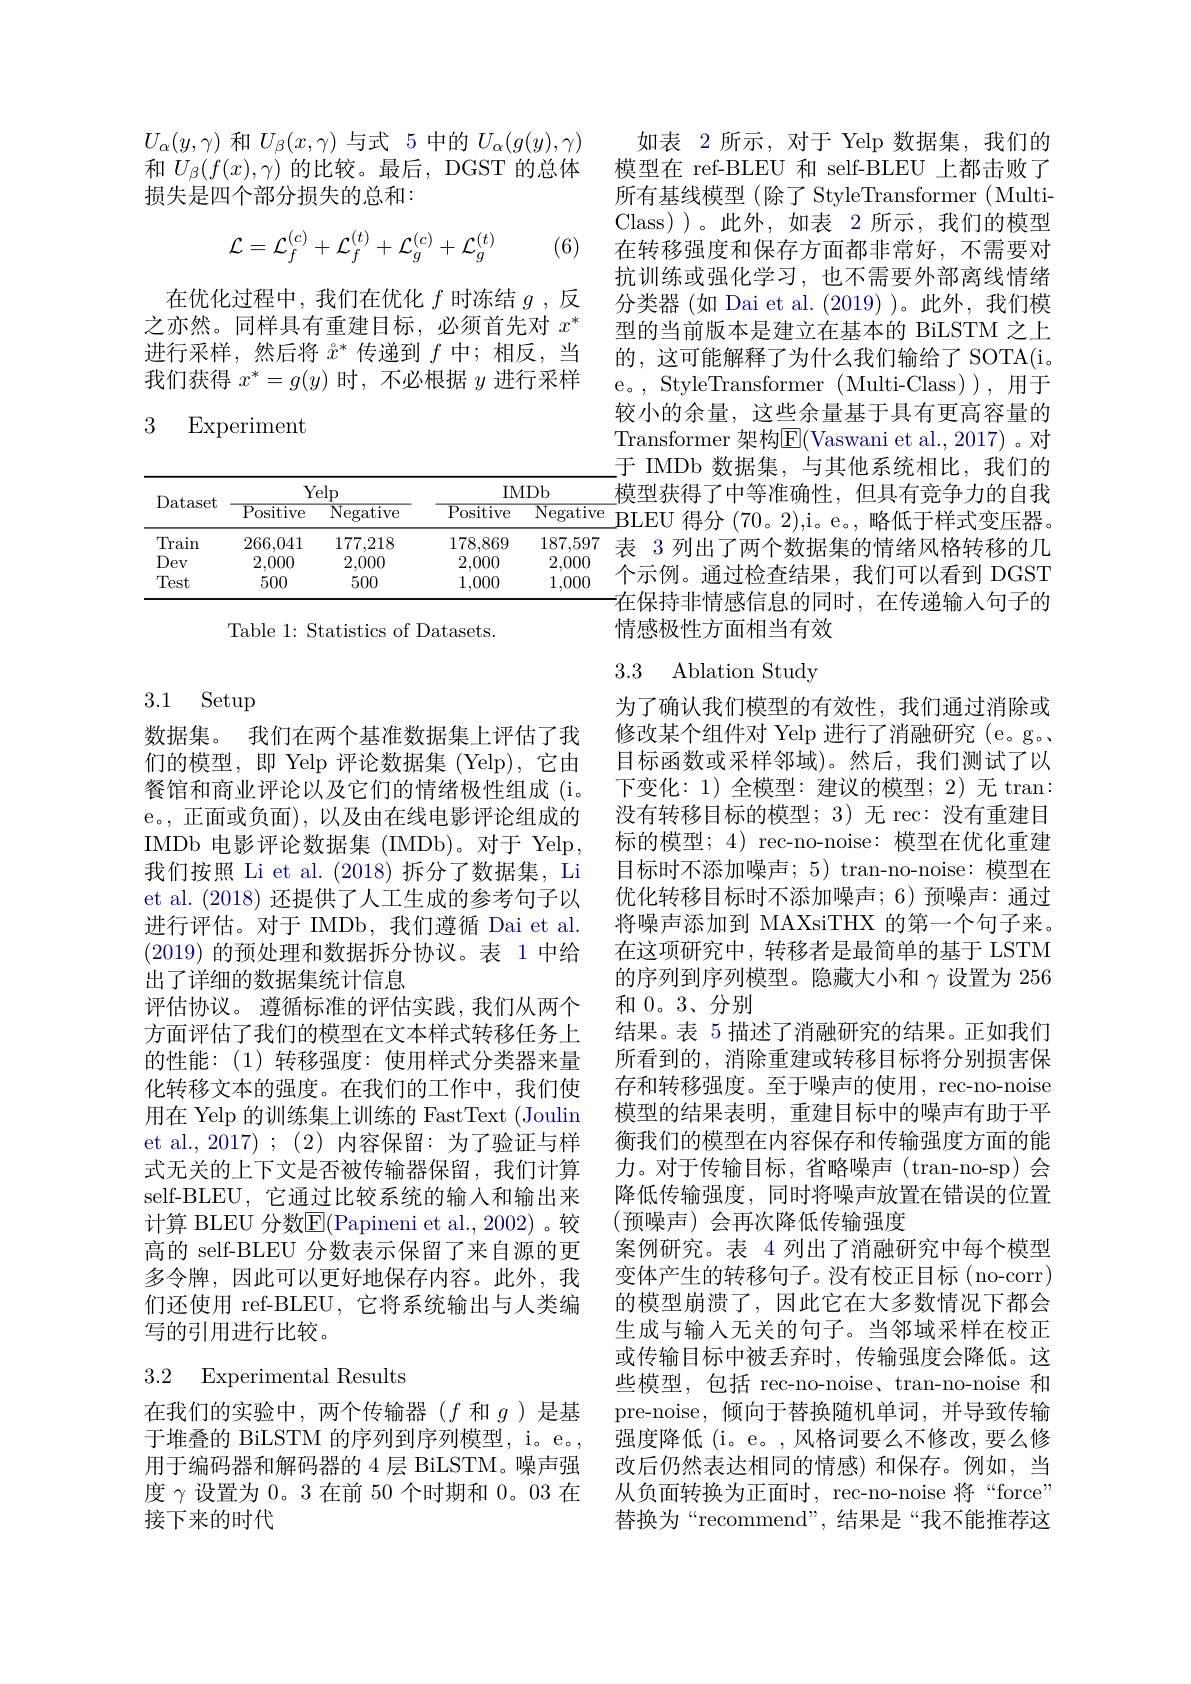
$U_{\alpha}(y,\gamma)$和$U_\beta(x,\gamma)$与式 5 中的$U_\alpha(g(y),\gamma)$ 和$U_{\beta}(f(x),\gamma)$的比较。最后，DGST 的总体损失是四个部分损失的总和：
$$\mathcal{L}=\mathcal{L}_{f}^{(c)}+\mathcal{L}_{f}^{(t)}+\mathcal{L}_{g}^{(c)}+\mathcal{L}_{g}^{(t)}$$
(6)

在优化过程中，我们在优化$f$时冻结$g$ ,反之亦然。同样具有重建目标，必须首先对$x^*$ 进行采样，然后将$\mathring{x}^*$传递到$f$中；相反，当我们获得$x^*=g(y)$时，不必根据$y$进行采样

3 Experiment

<table>
	<tbody>
		<tr>
			<th rowspan="2">Dataset</th>
			<th colspan="2">Yelp</th>
			<th colspan="2">IMDb</th>
		</tr>
		<tr>
			<th>${\overline{{\mathrm{Positive}}}}$</th>
			<th>${\overline{{\mathrm{Negative}}}}$</th>
			<th>${\overline{{\mathrm{Positive}}}}$</th>
			<th>$\overline{\mathrm{Negative}}$</th>
		</tr>
		<tr>
			<td>Train</td>
			<td>266,041</td>
			<td>177,218</td>
			<td>178,869</td>
			<td>187,597</td>
		</tr>
		<tr>
			<td>Dev</td>
			<td>2,000</td>
			<td>2,000</td>
			<td>2,000</td>
			<td>2,000</td>
		</tr>
		<tr>
			<td>Test</td>
			<td>500</td>
			<td>500</td>
			<td>1,000</td>
			<td>1,000</td>
		</tr>
	</tbody>
</table>

Table 1: Statistics of Datasets.

## 3.1 Setup

数据集。我们在两个基准数据集上评估了我们的模型，即 Yelp 评论数据集 (Yelp),它由餐馆和商业评论以及它们的情绪极性组成 (i。e。, 正面或负面), 以及由在线电影评论组成的IMDb 电影评论数据集 (IMDb)。对于 Yelp, 我们按照 Li et al. (2018)拆分了数据集，Li et al. (2018)还提供了人工生成的参考句子以进行评估。对于 IMDb,我们遵循 Dai et al. (2019)的预处理和数据拆分协议。表 1 中给出了详细的数据集统计信息
评估协议。遵循标准的评估实践，我们从两个方面评估了我们的模型在文本样式转移任务上的性能：(1)转移强度：使用样式分类器来量化转移文本的强度。在我们的工作中，我们使用在 Yelp 的训练集上训练的 FastText (Joulin et al., 2017) ; (2) 内容保留：为了验证与样式无关的上下文是否被传输器保留，我们计算self-BLEU,它通过比较系统的输入和输出来计算 BLEU 分数$\overline{\mathrm{E}}($Papineni et al., 2002)。较高的 self-BLEU 分数表示保留了来自源的更多令牌，因此可以更好地保存内容。此外，我们还使用 ref-BLEU, 它将系统输出与人类编写的引用进行比较。

## 3.2 Experimental Results

在我们的实验中，两个传输器($f$和$g$)是基于堆叠的 BiLSTM 的序列到序列模型，i。e。, 用于编码器和解码器的 4 层 BiLSTM。噪声强度$\gamma$设置为0。3 在前 50 个时期和0。03 在接下来的时代

如表 2 所示，对于 Yelp 数据集，我们的模型在 ref-BLEU 和 self-BLEU 上都击败了所有基线模型(除了 StyleTransformer(MultiClass))。此外，如表 2 所示，我们的模型在转移强度和保存方面都非常好，不需要对抗训练或强化学习，也不需要外部离线情绪分类器 (如 Dai et al. (2019) )。此外，我们模型的当前版本是建立在基本的 BiLSTM 之上的，这可能解释了为什么我们输给了 SOTA(i。e。, StyleTransformer( Multi-Class)), 用于较小的余量，这些余量基于具有更高容量的Transformer 架构E(Vaswani et al., 2017) 。对于 IMDb 数据集，与其他系统相比，我们的$\underline{\text{模型获得了中等准确性，但具有竞争力的自我}}$ BLEU 得分 (70。2),i。e。, 略低于样式变压器。表 3 列出了两个数据集的情绪风格转移的几个示例。通过检查结果，我们可以看到 DGST 在保持非情感信息的同时，在传递输入句子的情感极性方面相当有效

## 3.3 Ablation Study

为了确认我们模型的有效性，我们通过消除或修改某个组件对 Yelp 进行了消融研究 (e。g。目标函数或采样邻域)。然后，我们测试了以下变化：1) 全模型：建议的模型；2) 无 tran: 没有转移目标的模型；3)无 rec:没有重建目标的模型；4) rec-no-noise:模型在优化重建目标时不添加噪声；5) tran-no-noise:模型在优化转移目标时不添加噪声；6)预噪声：通过将噪声添加到 MAXsiTHX 的第一个句子来。在这项研究中，转移者是最简单的基于 LSTM 的序列到序列模型。隐藏大小和$\gamma$设置为 256和0。3、分别
结果。表 5 描述了消融研究的结果。正如我们所看到的，消除重建或转移目标将分别损害保存和转移强度。至于噪声的使用，rec-no-noise 模型的结果表明，重建目标中的噪声有助于平衡我们的模型在内容保存和传输强度方面的能力。对于传输目标，省略噪声(tran-no-sp)会降低传输强度，同时将噪声放置在错误的位置(预噪声)会再次降低传输强度
案例研究。表 4 列出了消融研究中每个模型变体产生的转移句子。没有校正目标(no-corr) 的模型崩溃了，因此它在大多数情况下都会生成与输入无关的句子。当邻域采样在校正或传输目标中被丢弃时，传输强度会降低。这些模型，包括 rec-no-noise、tran-no-noise 和pre-noise, 倾向于替换随机单词，并导致传输强度降低 (i。e。,风格词要么不修改，要么修改后仍然表达相同的情感) 和保存。例如，当从负面转换为正面时，rec-no-noise 将“force” 替换为“recommend”,结果是“我不能推荐这